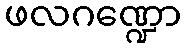
ဖလဂဏ္ဍော